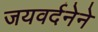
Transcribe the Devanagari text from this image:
जयवर्दनेने